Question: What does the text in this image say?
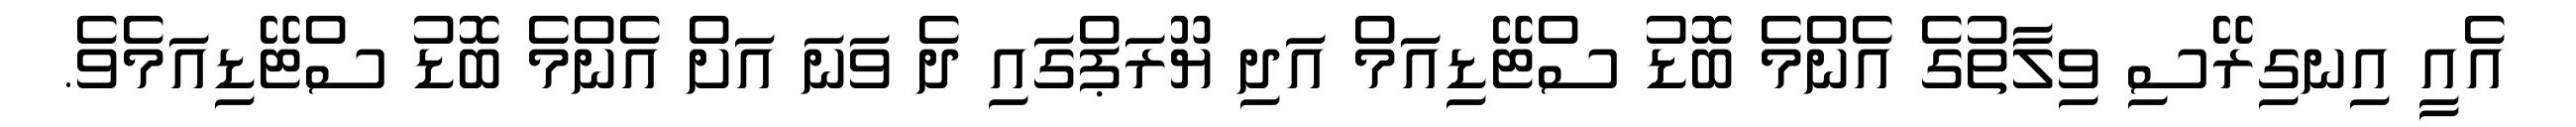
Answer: އެއީ އިނގިރޭސި ވިލާތުގެ އެންމެ ބޮޑު ސްޓޭޑިއަމް އަދި ޔޫރަޕްގައި ދެ ވަނަ އަށް އެންމެ ބޮޑު ސްޓޭޑިއަމެވެ.